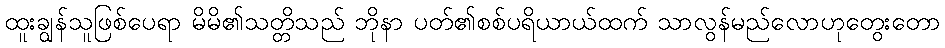
ထူးချွန်သူဖြစ်ပေရာ မိမိ၏သတ္တိသည် ဘိုနာ ပတ်၏စစ်ပရိယာယ်ထက် သာလွန်မည်လောဟုတွေးတော